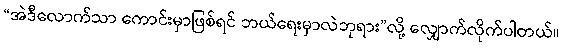
“အဲဒီလောက်သာ ကောင်းမှာဖြစ်ရင် ဘယ်ရေးမှာလဲဘုရား”လို့ လျှောက်လိုက်ပါတယ်။